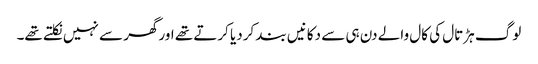
لوگ ہڑتال کی کال والے دن ہی سے دکانیں بند کردیا کرتے تھے اورگھر سے نہیں نکلتے تھے۔